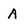
Character: A